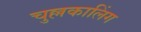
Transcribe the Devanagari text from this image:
चुल्लकालिंग